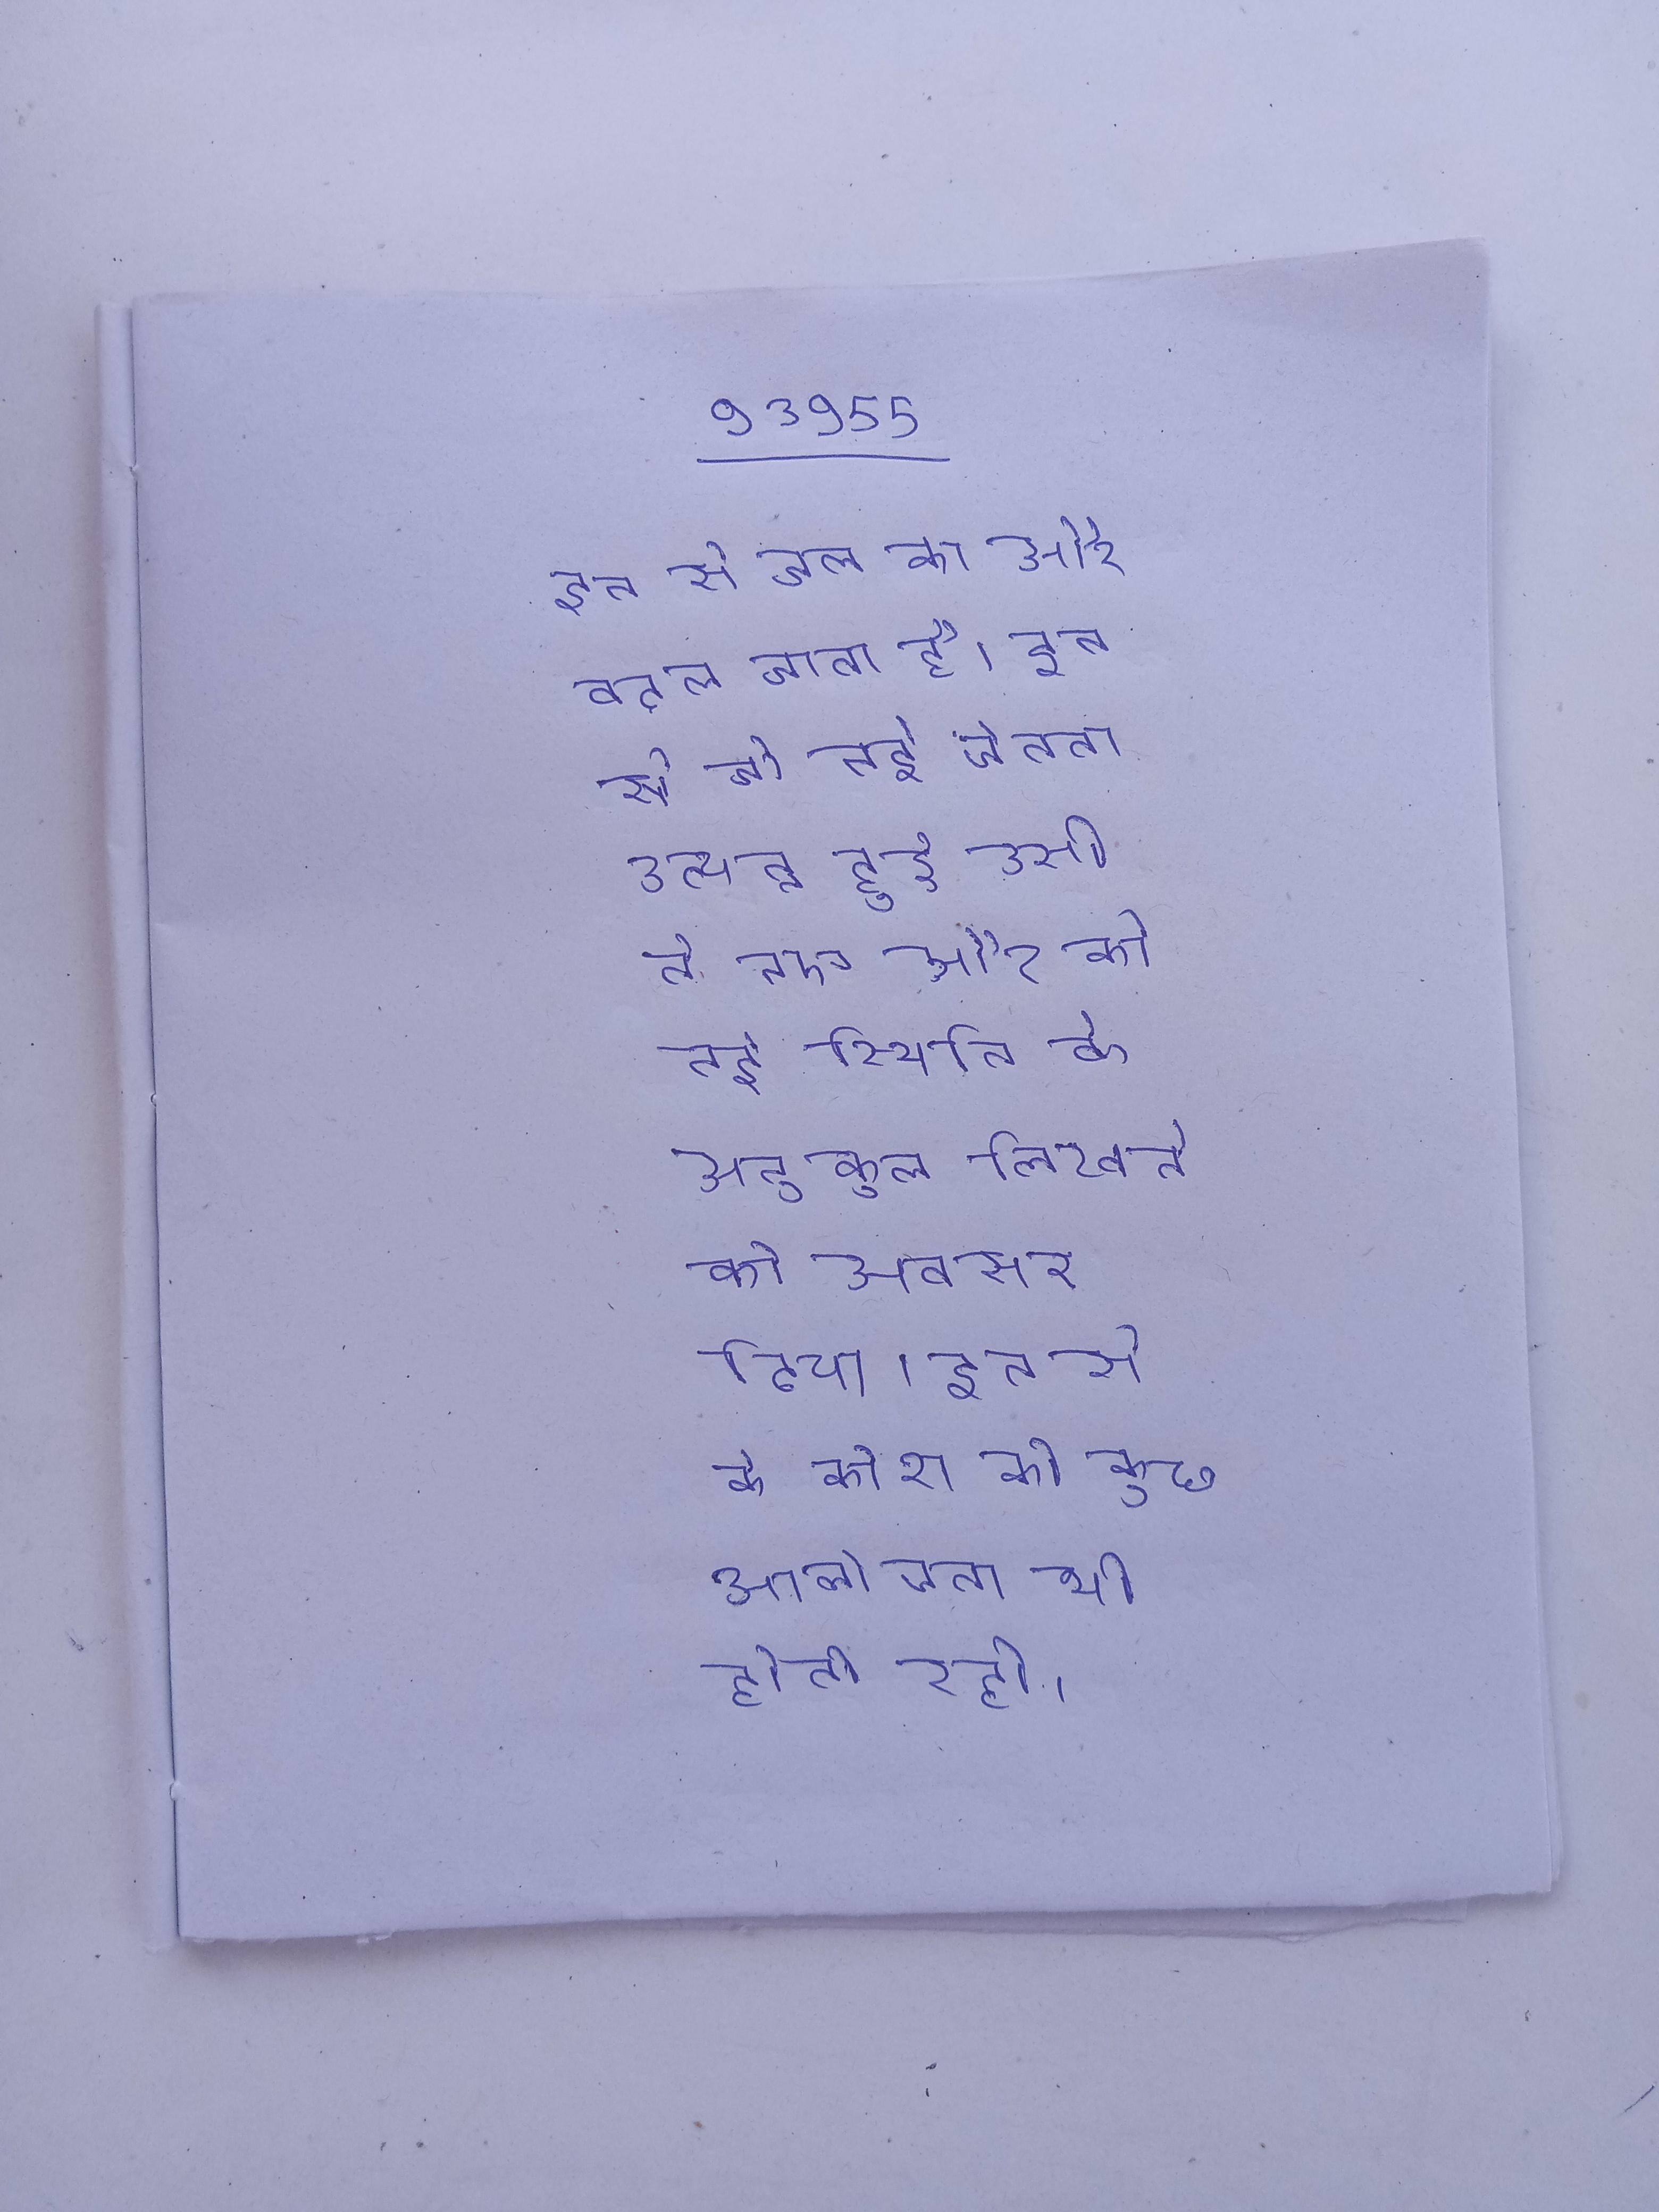
इन से जल का और बदल जाता है । इन से जो नई चेतना उत्पन्न हुई उसी ने नए और को नई स्थिति के अनुकूल लिखने का अवसर दिया । इन से के कोश की कुछ आलोचना भी होती रही ।